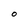
Character: 0